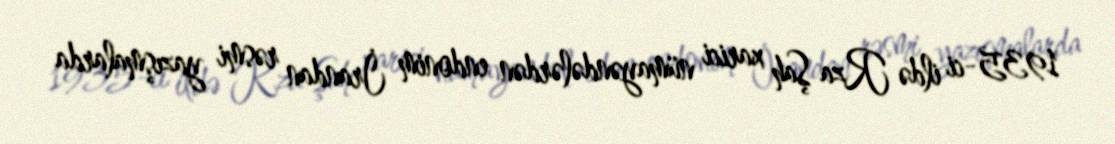
1935-ci ildə Rza Şah xarici nümayəndələrdən endonim İrandan rəsmi yazışmalarda